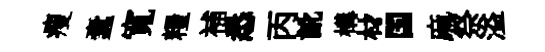
瘦蠧寬糧補悉丙訛構材国麻祭溢